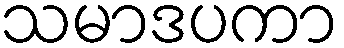
သမာဒပကာ